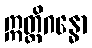
ဣတ္ထိဂန္ဓော